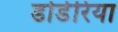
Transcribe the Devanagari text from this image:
डोडेरिया